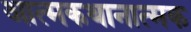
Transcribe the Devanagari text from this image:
आत्मकथानात्मक